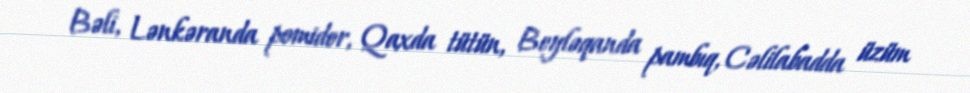
Bəli, Lənkəranda pomidor, Qaxda tütün, Beyləqanda pambıq, Cəlilabadda üzüm